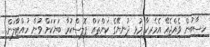
ހިސާބުން ވެއްޖެއޭ އެމެރިކާ މުޅި ދުނިޔޭގެ ކަންތައް ޕޮލިސްކުރާ ބަޔަކަށް ވުން ހުއްޓާލަން.